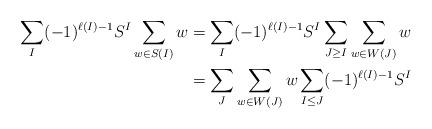
LaTeX: \begin{align*}\sum_I (-1)^{\ell(I)-1} S^I \sum_{w\in S(I)} w&= \sum_I (-1)^{\ell(I)-1 }S^I \sum_{J\ge I}\sum_{w\in W(J)} w\\&=\sum_J\sum_{w\in W(J)} w\sum_{I\le J}(-1)^{\ell(I)-1}S^I\end{align*}